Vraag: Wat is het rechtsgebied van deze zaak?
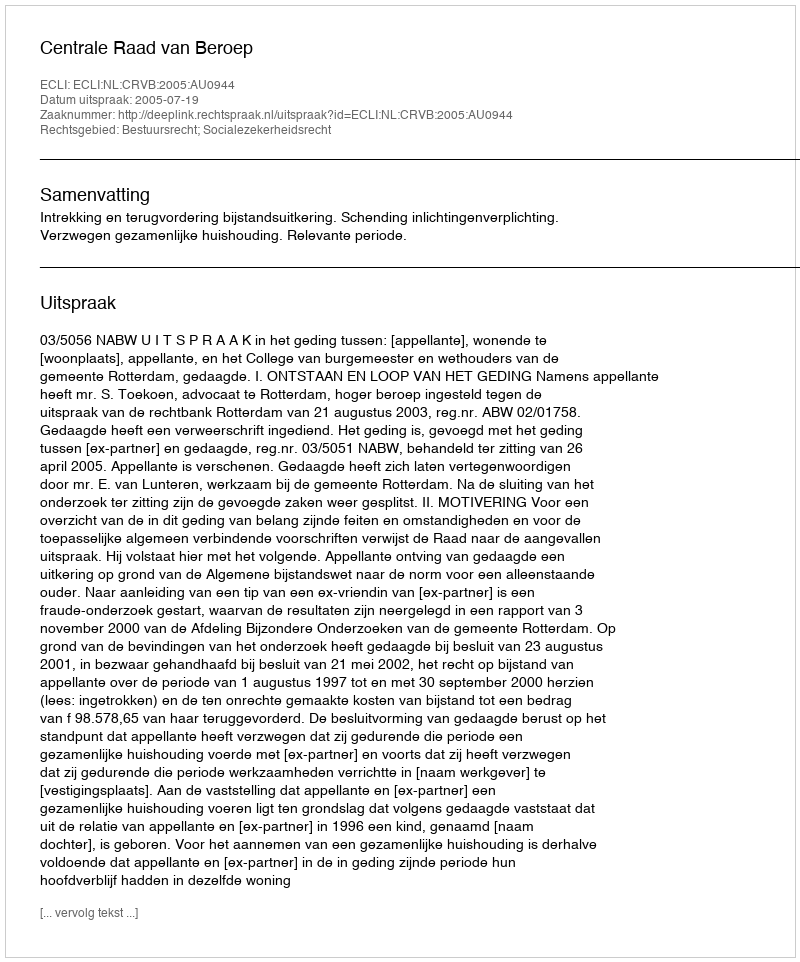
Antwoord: Bestuursrecht; Socialezekerheidsrecht